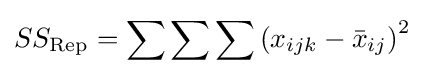
SS_{\text{Rep}}=\sum \sum \sum \left(x_{ijk}-{\bar {x}}_{ij}\right)^{2}